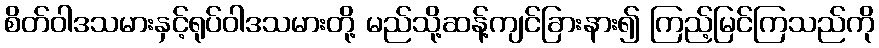
စိတ်ဝါဒသမားနှင့်ရုပ်ဝါဒသမားတို့ မည်သို့ဆန့်ကျင်ခြားနား၍ ကြည့်မြင်ကြသည်ကို